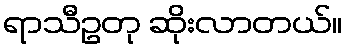
ရာသီဥတု ဆိုးလာတယ်။